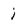
Character: i